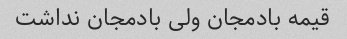
قیمه بادمجان ولی بادمجان نداشت